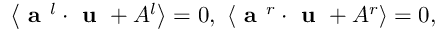
\left\langle \textbf { a } ^ { l } \cdot \textbf { u } + A ^ { l } \right\rangle = 0 , ~ \left\langle \textbf { a } ^ { r } \cdot \textbf { u } + A ^ { r } \right\rangle = 0 ,